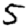
Digit: 5